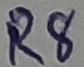
Text: R8